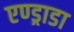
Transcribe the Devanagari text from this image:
एण्ड्राडा